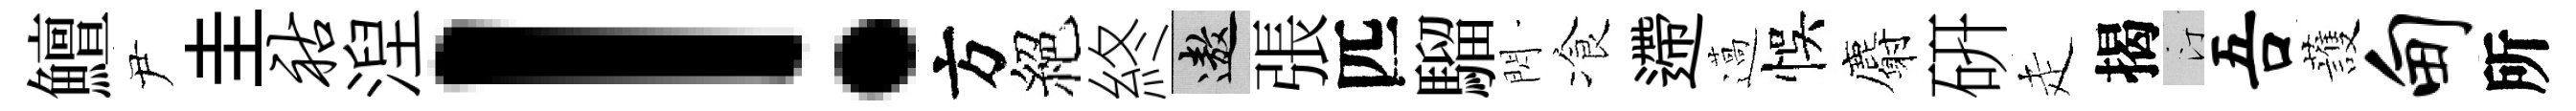
鱣尹圭祜湼！方絕終遨張匹騮閃飡遰薖悞麝硏走揭汀吾䕶甸所